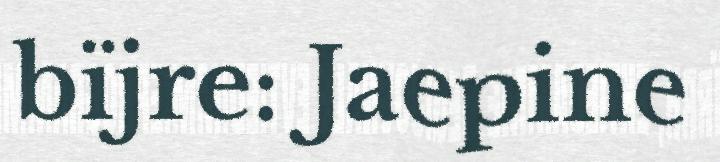
bïjre: Jaepine